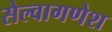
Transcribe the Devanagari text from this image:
सेल्वागणेश